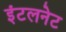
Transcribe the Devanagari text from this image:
इंटलनेट